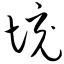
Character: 境